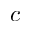
c